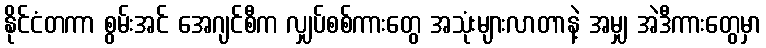
နိုင်ငံတကာ စွမ်းအင် အေဂျင်စီက လျှပ်စစ်ကားတွေ အသုံးများလာတာနဲ့ အမျှ အဲဒီကားတွေမှာ